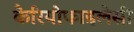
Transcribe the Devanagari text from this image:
कैरियोफाइलेसी